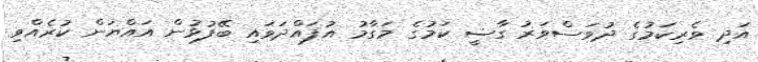
އަދި ވެރިކަމުގެ ދުވަސްވަރު ގާޟީ ކަމުގެ މަގާމު އުފައްދަވައި ބޭފުޅުން އައްޔަން ކުރެއްވި